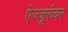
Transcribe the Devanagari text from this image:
ऐज्जूरुंवर